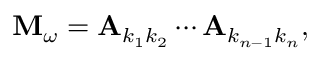
\begin{array} { r } { \mathbf { M } _ { \omega } = \mathbf { A } _ { k _ { 1 } k _ { 2 } } \cdots \mathbf { A } _ { k _ { n - 1 } k _ { n } } , } \end{array}